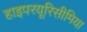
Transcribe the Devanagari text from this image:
हाइपरयूरिसीमिया